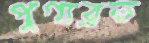
পুণ্যব্রত